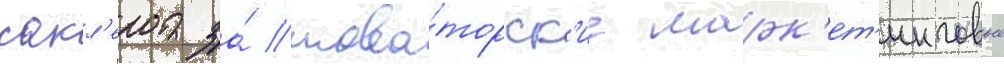
сакл'ера за́ нова́торск'ие марк'ет'инговые